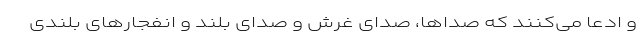
و ادعا می‌کنند که صدا‌ها، صدای غرش و صدای بلند و انفجار‌های بلندی